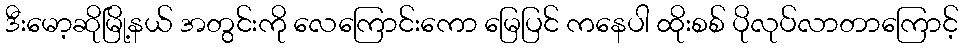
ဒီးမော့ဆိုမြို့နယ် အတွင်းကို လေကြောင်းကော မြေပြင် ကနေပါ ထိုးစစ် ပိုလုပ်လာတာကြောင့်